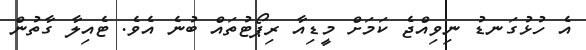
އެ ހުޅުގަނޑު ނިވިއްޖެ ކަމަށް މީޑިއާ ރިޕޯޓުތައް ބުނެ އެވެ. ޓެއިލާ ގާތުން